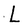
Character: L